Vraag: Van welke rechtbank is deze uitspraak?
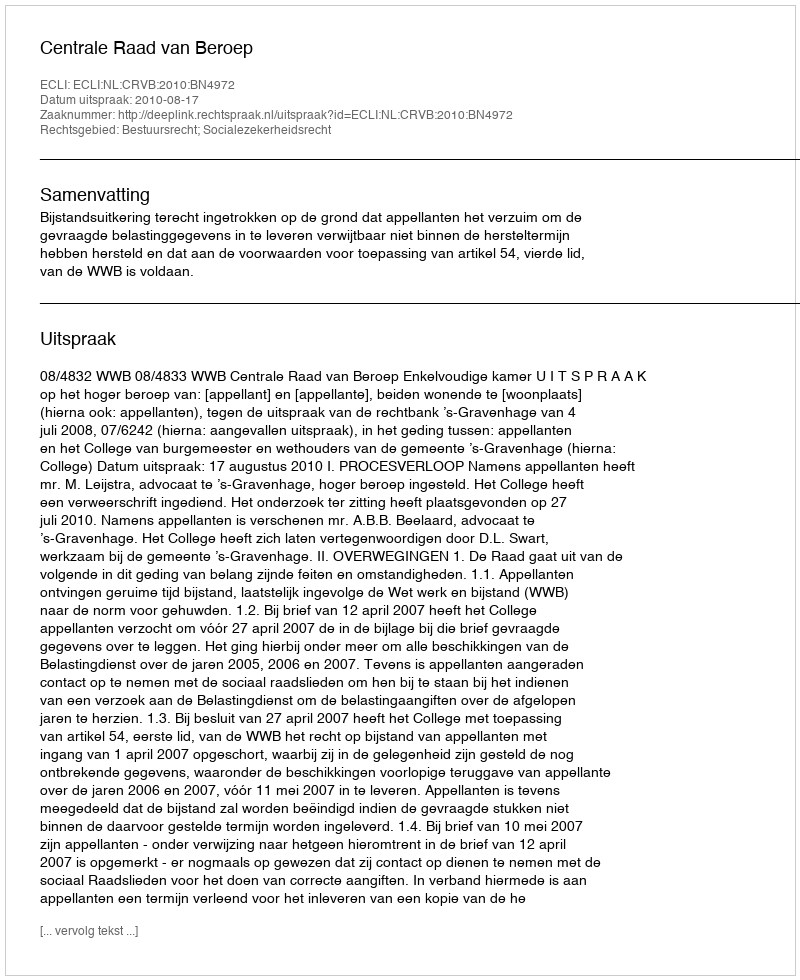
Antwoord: Centrale Raad van Beroep